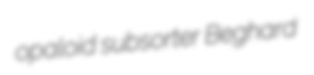
opaloid subsorter Beghard